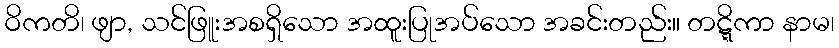
ဝိကတိ၊ ဖျာ, သင်ဖြူးအစရှိသော အထူးပြုအပ်သော အခင်းတည်း။ တဋ္ဋိကာ နာမ၊